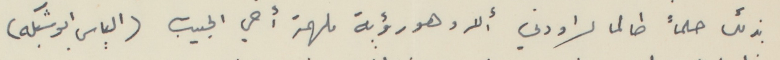
بذلك حلماً طالما راودني ألا وهو رؤية ملهمة أخي الحبيب (الياس ابو شبكه)